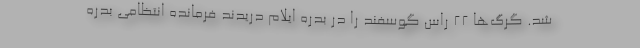
شد. گرگ‌ها ۲۲ راس گوسفند را در بدره ایلام دریدند فرمانده انتظامی بدره